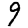
Digit: 9